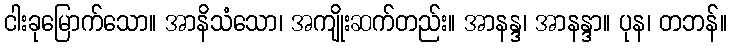
ငါးခုမြောက်သော။ အာနိသံသော၊ အကျိုးဆက်တည်း။ အာနန္ဒ၊ အာနန္ဒာ။ ပုန၊ တဘန်။